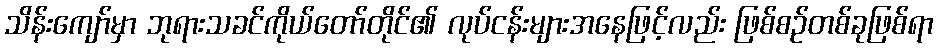
သိန်းကျော်မှာ ဘုရားသခင်ကိုယ်တော်တိုင်၏ လုပ်ငန်းများအနေဖြင့်လည်း ဖြစ်စဉ်တစ်ခုဖြစ်ရာ